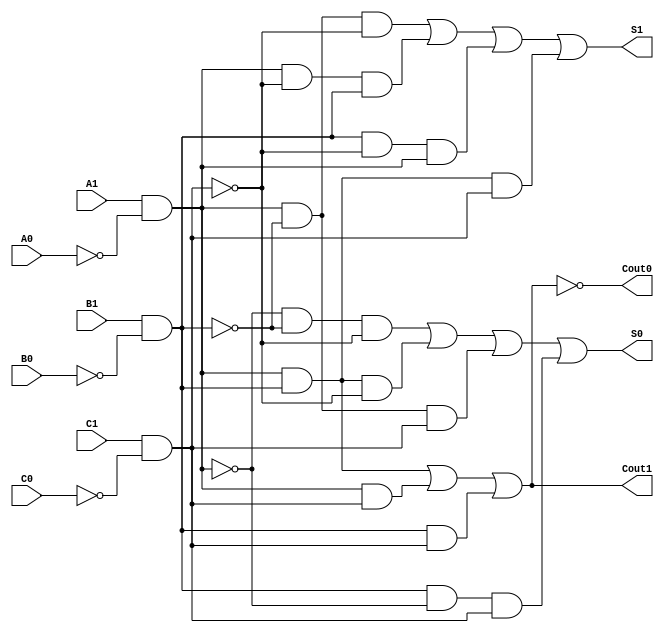
module dual_rail_full_adder (
    input wire A1, A0,  // Dual-rail representation of input A
    input wire B1, B0,  // Dual-rail representation of input B
    input wire C1, C0,  // Dual-rail representation of carry-in (Cin)
    output wire S1, S0, // Dual-rail representation of sum output
    output wire Cout1, Cout0 // Dual-rail representation of carry-out output
);

// Internal signals for single-bit representation
wire A = A1 & ~A0; // Decode A from dual-rail
wire B = B1 & ~B0; // Decode B from dual-rail
wire Cin = C1 & ~C0; // Decode Cin from dual-rail

// Sum logic
assign S1 = (A & ~B & ~Cin) | (A & ~Cin & B) | (B & ~Cin & A) | (A & B & Cin);
assign S0 = (~A & ~B & ~Cin) | (A & B & ~Cin) | (A & ~B & Cin) | (B & ~A & Cin);

// Carry-out logic
assign Cout1 = (A & B) | (A & Cin) | (B & Cin);
assign Cout0 = ~(Cout1);

endmodule